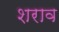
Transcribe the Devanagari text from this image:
शराव